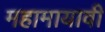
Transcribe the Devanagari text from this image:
महामायावी